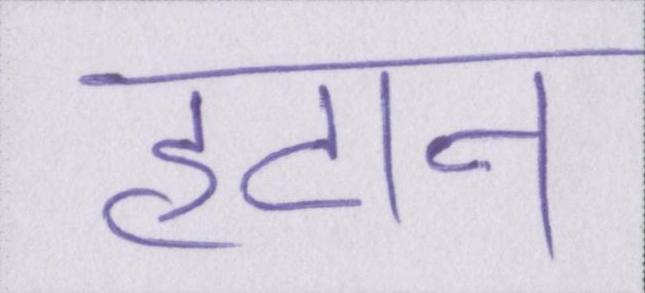
हटान